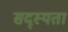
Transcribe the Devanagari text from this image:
सद्स्यता